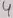
Text: 4